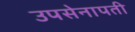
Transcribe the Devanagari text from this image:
उपसेनापती